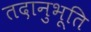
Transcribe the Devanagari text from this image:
तदानुभूति